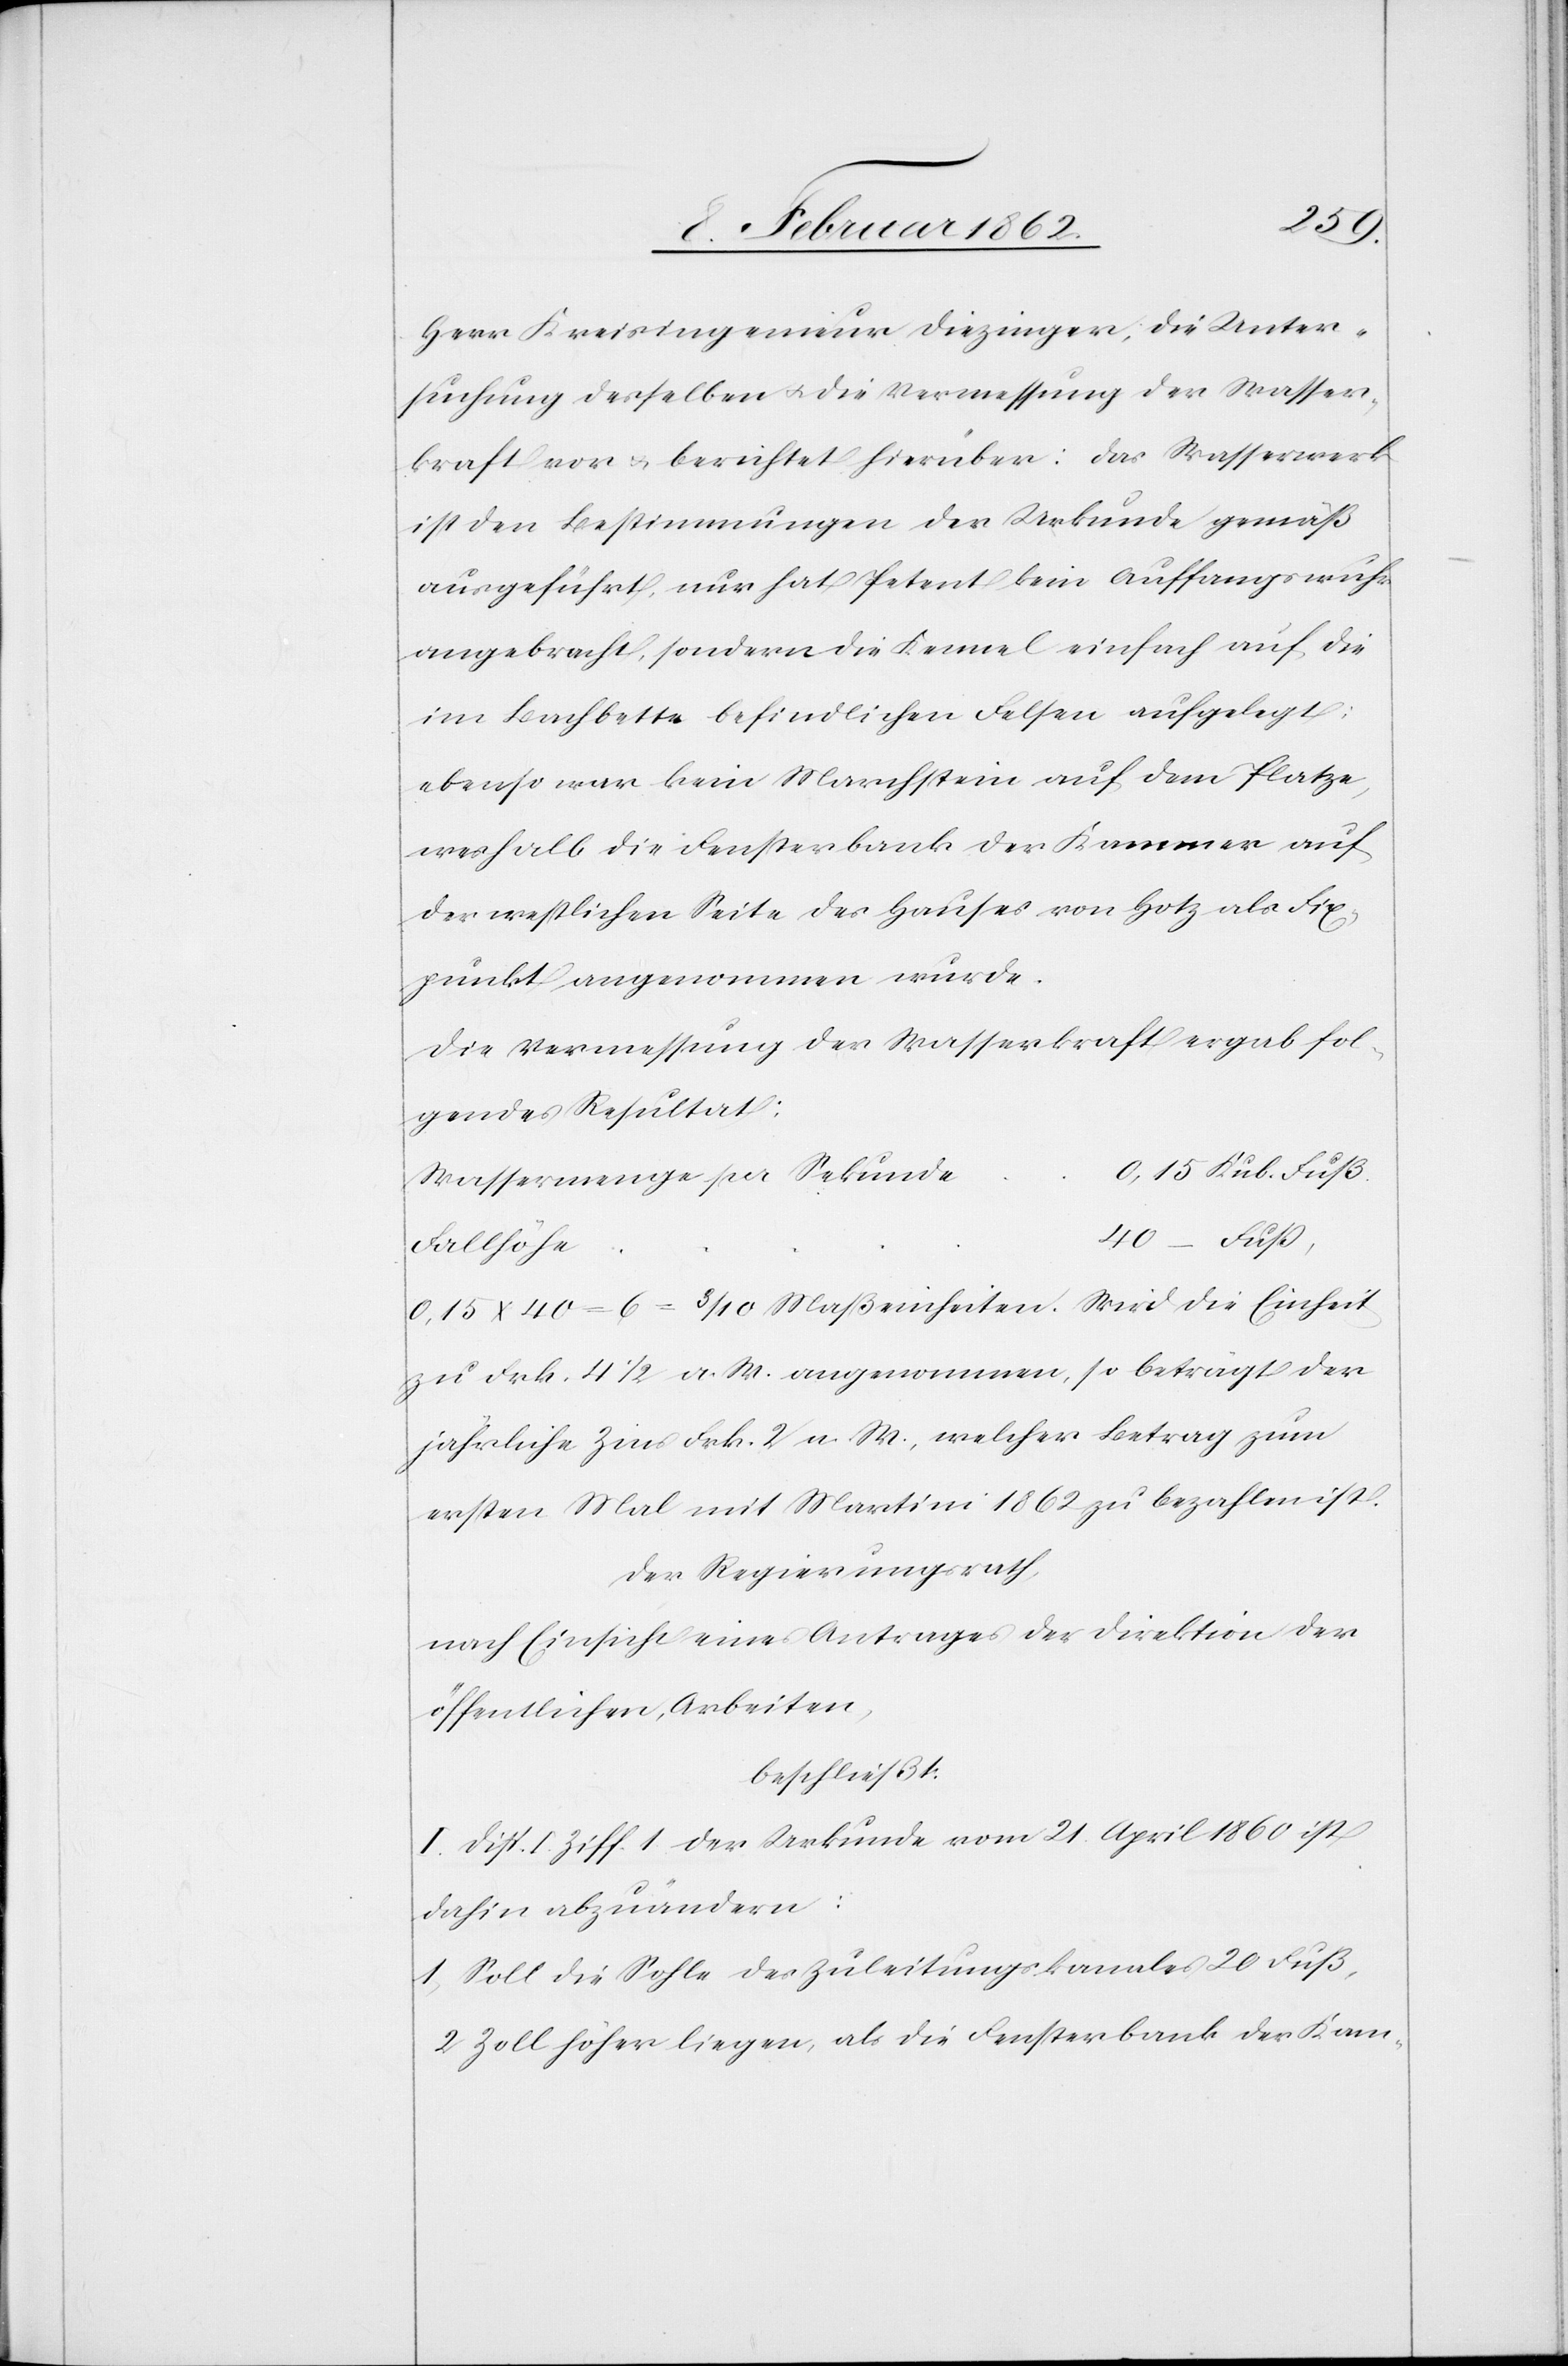
Herr Kreisingenieur Diezinger, die Unter¬
suchung desselben u. die Vermessung der Wasser¬
kraft vor u. berichtet hierüber: Das Wasserwerk
ist den Bestimmungen der Urkunde gemäß
ausgeführt, nur hat Petent kein Auffangswuhr
angebracht, sondern die Kennel einfach auf die
im Bachbette befindlichen Felsen aufgelegt;
ebenso war kein Marchstein auf dem Platze,
weshalb die Fensterbank der Kammer auf
der westlichen Seite des Hauses von Hotz als Fix¬
punkt angenommen wurde.
Die Vermessung der Wasserkraft ergab fol¬
gendes Resultat:
e	0,15 Kub. Fuß
Wassermenge per Sekund¬
0,15 x 40 = 6 = 3/10 Maßeinheiten. Wird die Einheit
zu Frk. 4 1/2 a. W. angenommen, so beträgt der
jährliche Zins Frk. 2 a W., welcher Betrag zum
ersten Mal mit Martini 1862 zu bezahlen ist.
Der Regierungsrath,
nach Einsicht eines Antrages der Direktion der
öffentlichen Arbeiten,
beschließt:
I. Disp. I. Ziff. 1. der Urkunde vom 21. April 1860 ist
dahin abzuändern:
1) Soll die Sohle des Zuleitungskanals 20 Fuß,
2 Zoll höher liegen, als die Fensterbank der Kam-